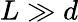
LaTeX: L\gg d